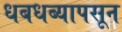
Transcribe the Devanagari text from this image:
धबधब्यापसून